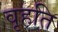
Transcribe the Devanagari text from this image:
वृहति